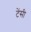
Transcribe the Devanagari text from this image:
टेंसी